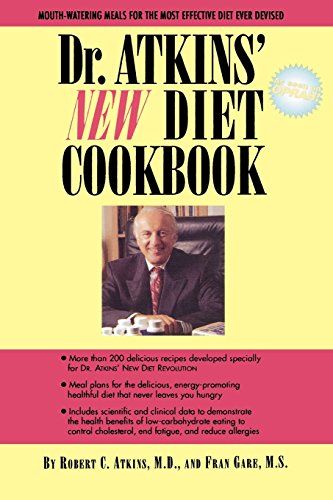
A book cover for Dr. Atkins' New Diet Cookbook; M.D., Robert C. Atkins; Health, Fitness & Dieting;